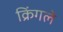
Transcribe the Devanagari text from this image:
क्रिंगले